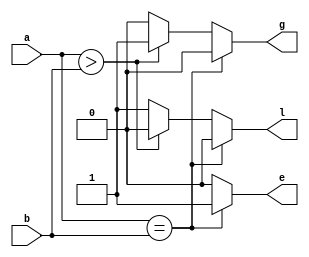
`timescale 1ns / 1ps
//////////////////////////////////////////////////////////////////////////////////
// Company: 
// Engineer: 
// 
// Design Name: 
// Module Name:    comp 
// Project Name: 
// Target Devices: 
// Tool versions: 
// Description: 
//
// Dependencies: 
//
// Revision: 
// Revision 0.01 - File Created
// Additional Comments: 
//
//////////////////////////////////////////////////////////////////////////////////
module comp(a,b,e,l,g);
input [1:0]a,b;
output e,l,g;
reg e,l,g;
always@(a,b)
begin
if(a==b)
begin
e=1;
l=0;
g=0;
end
else if(a>b)
begin
e=0;
l=0;
g=1;
end
else
begin
e=0;
l=1;
g=0;
end
end
endmodule